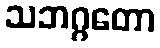
သဘဂ္ဂတော